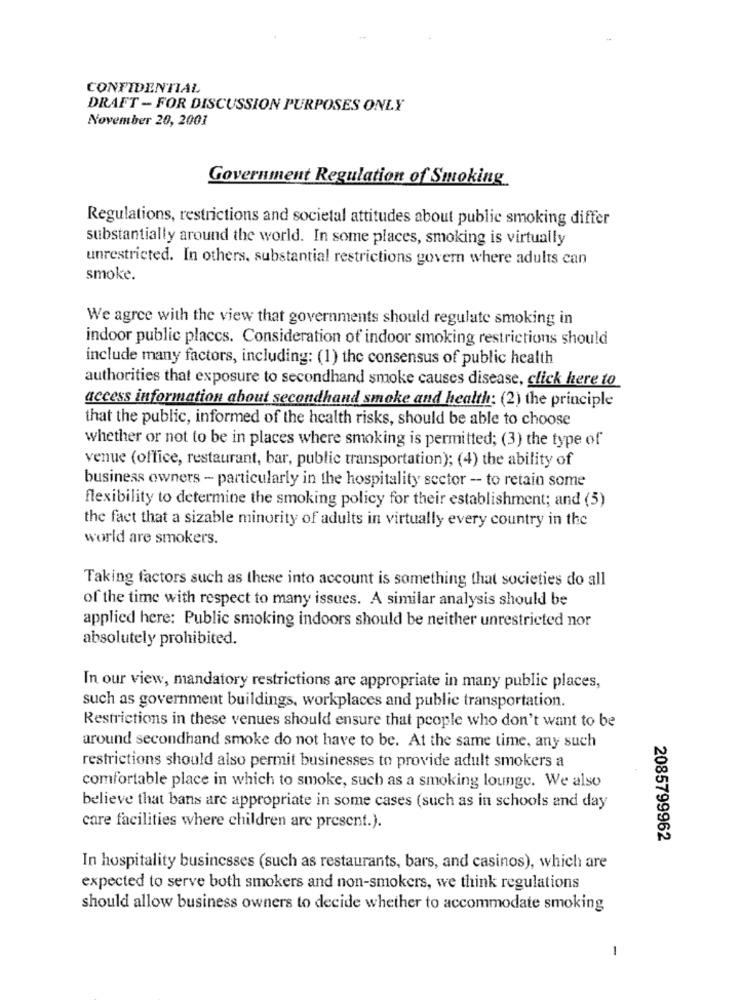
CONFIDENTIAL
DRAFT - FOR DISCUSSION PURPOSES ONLY
November 20, 2001
Government Regulation of Smoking
Regulations, restrictions and societal attitudes about public smoking differ
substantially around the world. In some places, smoking is virtually
unrestricted. In others, substantial restrictions govern where adults can
smoke.
We agree with the view that governments should regulate smoking in
indoor public places. Consideration of indoor smoking restrictions should
include many factors, including: (1) the consensus of public health
authorities that exposure to secondhand smoke causes disease, click here to
access information about secondhand smoke and health: (2) the principle
that the public, informed of the health risks, should be able to choose
whether or not to be in places where smoking is permitted; (3) the type of
venue (office, restaurant, bar, public transportation); (4) the ability of
business owners - particularly in the hospitality sector - to retain some
flexibility to determine the smoking policy for their establishment; and (5)
the fact that a sizable minority of adults in virtually every country in the
world are smokers.
Taking factors such as these into account is something that societies do all
of the time with respect to many issues. A similar analysis should be
applied here: Public smoking indoors should be neither unrestricted nor
absolutely prohibited.
In our view, mandatory restrictions are appropriate in many public places,
such as government buildings, workplaces and public transportation.
Restrictions in these venues should ensure that people who don't want to be
around secondhand smoke do not have to be. At the same time, any such
restrictions should also permit businesses to provide adult smokers a
comfortable place in which to smoke, such as a smoking lounge. We also
believe that bans are appropriate in some cases (such as in schools and day
care facilities where children are present.).
2085799962
In hospitality businesses (such as restaurants, bars, and casinos), which are
expected to serve both smokers and non-smokers, we think regulations
should allow business owners to decide whether to accommodate smoking
-